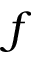
f